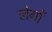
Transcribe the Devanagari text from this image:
लेगों